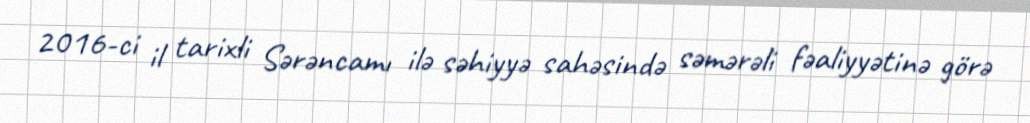
2016-ci il tarixli Sərəncamı ilə səhiyyə sahəsində səmərəli fəaliyyətinə görə